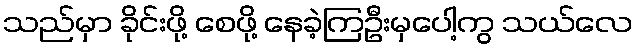
သည်မှာ ခိုင်းဖို့ စေဖို့ နေခဲ့ကြဦးမှပေါ့ကွ သယ်လေ